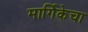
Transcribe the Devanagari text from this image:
मार्गिकेचा